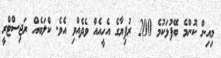
މިއިން ކޮންމެ ބޭފުޅަކުމެ 200 ރުފިޔާގެ އެހީއެއް ވެދެއްވި އެވެ. ކްލަބެއް ރަޖިސްޓްރީ